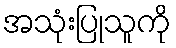
အသုံးပြုသူကို